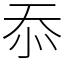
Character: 忝